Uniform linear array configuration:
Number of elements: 16
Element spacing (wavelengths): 0.75
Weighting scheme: hamming
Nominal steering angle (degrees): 30
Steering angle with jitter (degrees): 30.0
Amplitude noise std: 0.05
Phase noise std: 0.05

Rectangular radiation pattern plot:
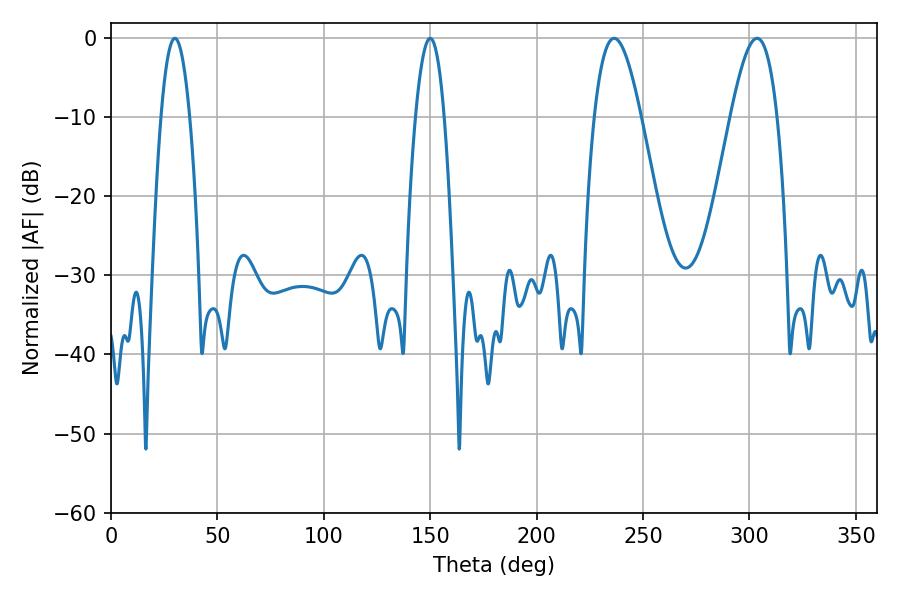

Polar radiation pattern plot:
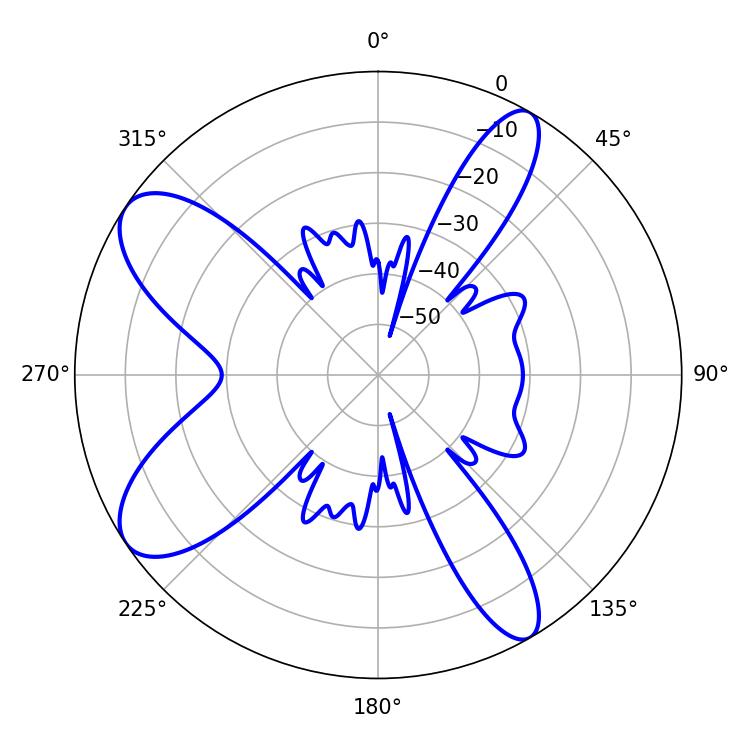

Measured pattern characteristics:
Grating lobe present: TRUE
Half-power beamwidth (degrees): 7.38
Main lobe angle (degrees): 30.06